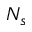
N _ { s }